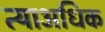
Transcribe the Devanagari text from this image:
त्याअधिक